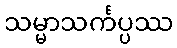
သမ္မာသင်္ကပ္ပဿ